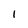
Character: I